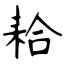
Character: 耠